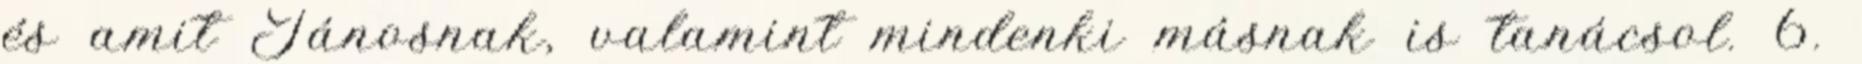
és amit Jánosnak, valamint mindenki másnak is tanácsol. 6.